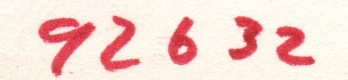
92632